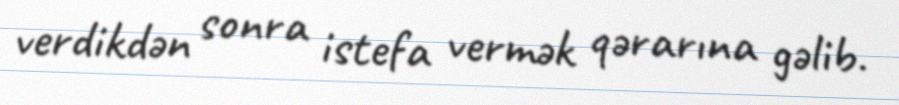
verdikdən sonra istefa vermək qərarına gəlib.